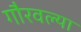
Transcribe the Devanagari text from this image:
गौरवल्या